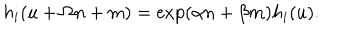
h _ { i } ( u + \Omega n + m ) = \exp ( \alpha n + \beta m ) h _ { i } ( u ) .